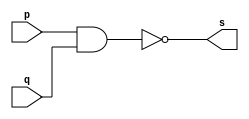
// -------------------------
// Exemplo0005 - NAND
// Nome: HERBERT ALVES BATISTA
// -------------------------
// -------------------------
// -- nand gate
// -------------------------
module nandgate (output s,
input p,
input q);
assign s = (~(p&q));
endmodule // nand
// ---------------------
// -- test nandgate
// ---------------------
module testnandgate;
// ------------------------- dados locais
reg a,b; // definir registrador
wire s; // definir conexao (fio)
// ------------------------- instancia
nandgate NAND1 (s, a, b);
// ------------------------- preparacao
initial begin:start
a=0;
b=0;
end
// ------------------------- parte principal
initial begin:main
$display("Exemplo0006 - Herbert Alves - 461971");
$display("Test nand gate");
$display("\n ~(a & b) = s\n");
#1 a=0; b=0;
$display("~(%b & %b) = %b", a, b, s);
#1 a=0; b=1;
$display("~(%b & %b) = %b", a, b, s);
#1 a=1; b=0;
$display("~(%b & %b) = %b", a, b, s);
#1 a=1; b=1;
$display("~(%b & %b) = %b", a, b, s);
end
endmodule // testxorgate